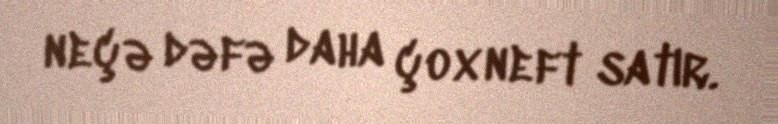
neçə dəfə daha çox neft satır.